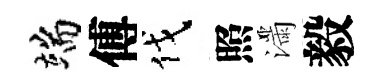
端傅伐照滿毅